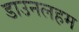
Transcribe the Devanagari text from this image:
डाउनलहम